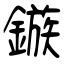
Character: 鏃